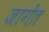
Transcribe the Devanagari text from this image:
जागेंत